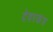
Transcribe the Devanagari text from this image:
देवरकंंड